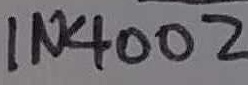
Text: IN4002